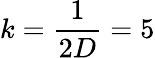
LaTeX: k=\frac{1}{2D}=5